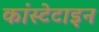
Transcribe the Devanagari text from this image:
कांस्टेटाइन